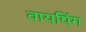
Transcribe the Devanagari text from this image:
वायपिंग